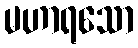
မဟာရသော